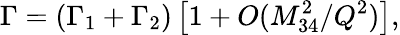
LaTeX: \Gamma=(\Gamma_{1}+\Gamma_{2})\left[1+O(M_{34}^{2}/Q^{2})\right],